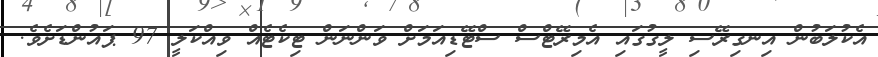
އެކުލަބުން އިނގިރޭސި ލީގުގައި އެމިރޭޓްސް ސްޓޭޑިއަމަށް ވަންނަން ޓިކެޓެއް ވިއްކަލީ 97 ޕައުންޑަށެވެ.